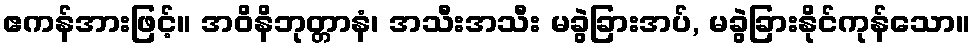
ဧကန်အားဖြင့်။ အဝိနိဘုတ္တာနံ၊ အသီးအသီး မခွဲခြားအပ်, မခွဲခြားနိုင်ကုန်သော။